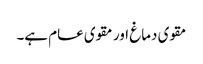
مقوی دماغ اور مقوی عام ہے۔